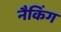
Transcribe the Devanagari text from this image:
नैकिंग